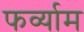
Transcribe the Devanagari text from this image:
फर्व्याम